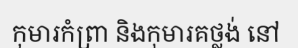
កុមារកំព្រា និងកុមារគថ្លង់ នៅ